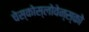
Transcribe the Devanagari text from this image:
चेस्कोस्लोवेन्स्को